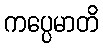
ကပ္ပေမာတိ